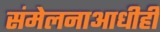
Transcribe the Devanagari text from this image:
संमेलनाआधीही